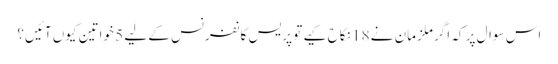
اس سوال پر کہ اگر ملزمان نے 18 نکاح کیے تو پریس کانفرنس کے لیے 5 خواتین کیوں آئیں؟